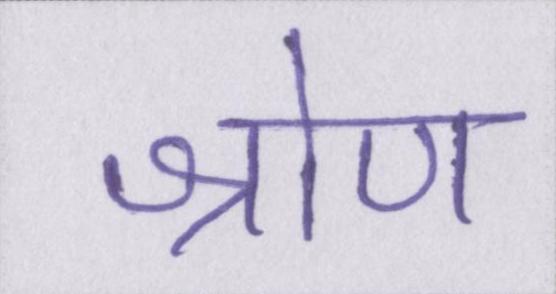
श्रोण